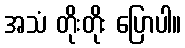
အသံ တိုးတိုး ပြောပါ။